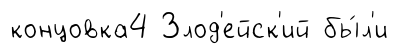
концовка4 Злод'ейск'ий бы́л'и